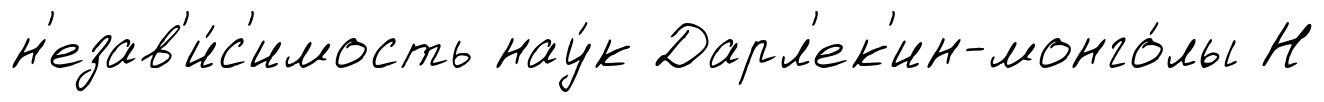
н'езав'и́с'имость нау́к Дарл'ек'ин-монго́лы Н